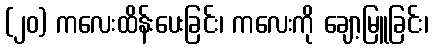
(၂၀) ကလေးထိန်းပေးခြင်း၊ ကလေးကို ချော့မြူခြင်း၊